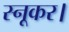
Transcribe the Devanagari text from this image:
स्नूकर।